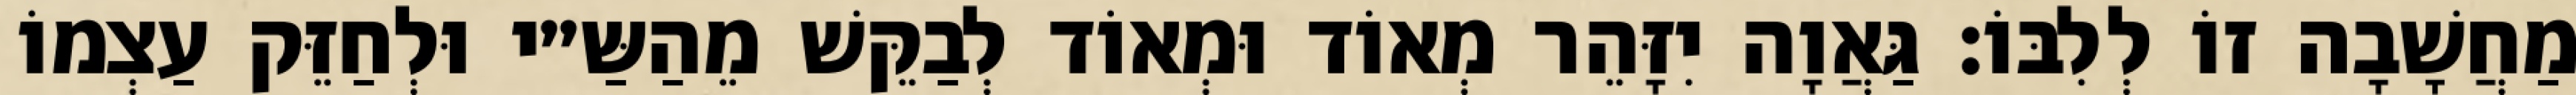
מַחֲשָׁבָה זוֹ לְלִבּוֹ: גַּאֲוָה יִזָּהֵר מְאוֹד וּמְאוֹד לְבַקֵּשׁ מֵהַשַּ״י וּלְחַזֵּק עַצְמוֹ